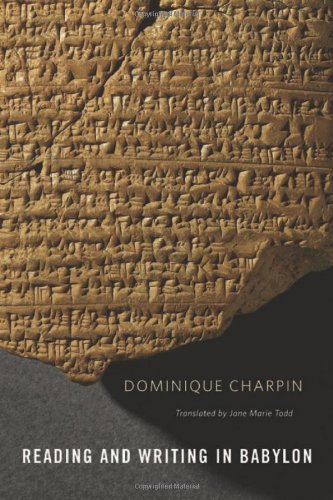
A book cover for Reading and Writing in Babylon; Dominique Charpin; History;